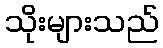
သိုးများသည်